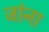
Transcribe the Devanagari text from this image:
जांना